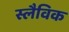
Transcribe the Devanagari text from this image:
स्लैविक